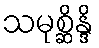
သမုစ္ဆိန္ဒိ